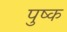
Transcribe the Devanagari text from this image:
पुष्क